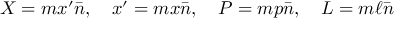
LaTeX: X = m x ^ { \prime } \bar { n } , ~ ~ ~ x ^ { \prime } = m x \bar { n } , ~ ~ ~ P = m p \bar { n } , ~ ~ ~ L = m \ell \bar { n }